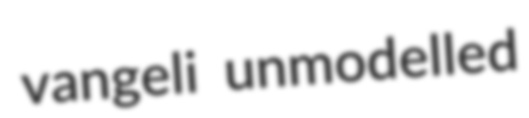
vangeli unmodelled